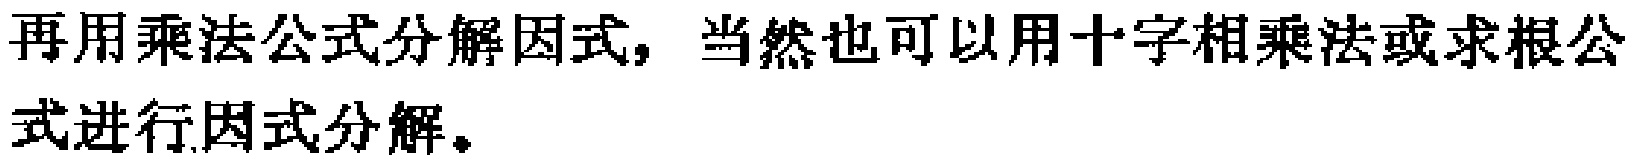
再用乘法公式分解因式，当然也可以用十字相乘法或求根公式进行因式分解。